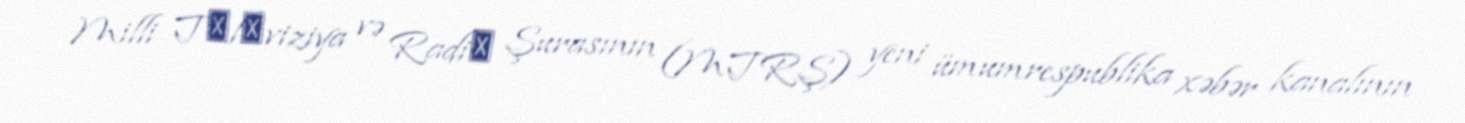
Milli Tеlеviziya və Radiо Şurasının (MTRŞ) yeni ümumrespublika xəbər kanalının